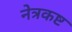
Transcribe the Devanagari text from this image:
नेत्रकष्ट